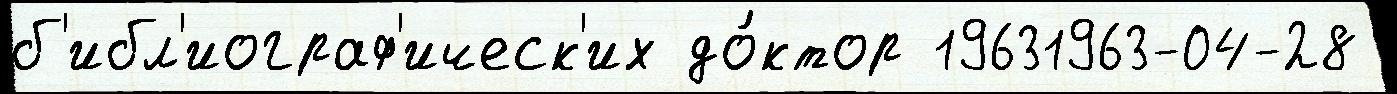
б'ибл'иограф'ическ'их до́ктор 19631963-04-28